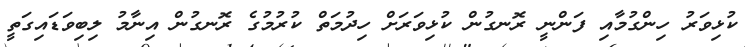
ކުޅިވަރު ހިންގުމާއި ފަންނީ ރޮނގުން ކުޅިވަރަށް ހިދުމަތް ކުރުމުގެ ރޮނގުން އިނާމު ލިބިވަޑައިގަތީ